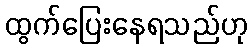
ထွက်ပြေးနေရသည်ဟု